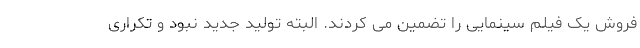
فروش یک فیلم سینمایی را تضمین می کردند. البته تولید جدید نبود و تکراری